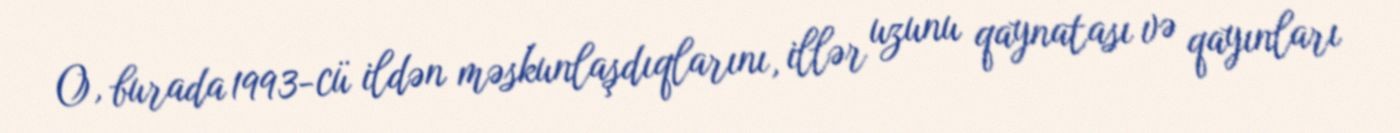
O, burada 1993-cü ildən məskunlaşdıqlarını, illər uzunu qaynatası və qayınları